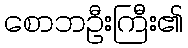
စောဘဦးကြီး၏